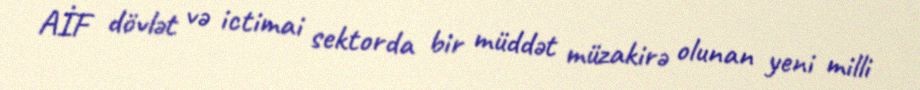
AİF dövlət və ictimai sektorda bir müddət müzakirə olunan yeni milli